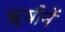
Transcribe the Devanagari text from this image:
ॠषीनें